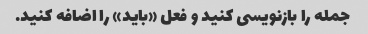
جمله را بازنویسی کنید و فعل «باید» را اضافه کنید.